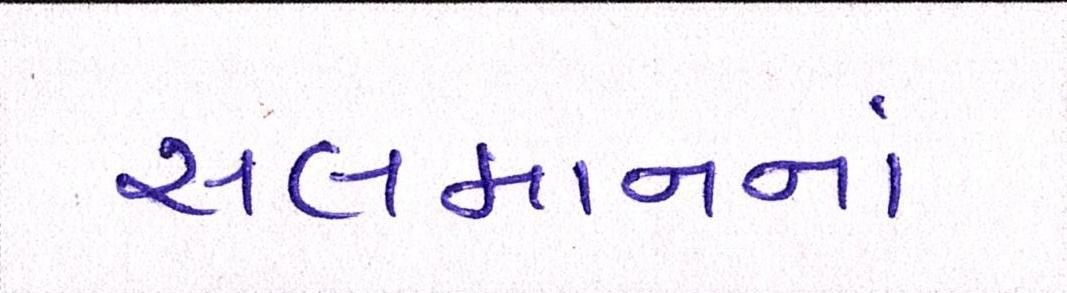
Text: સલમાનનાં